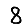
Digit: 8